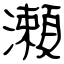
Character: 瀬